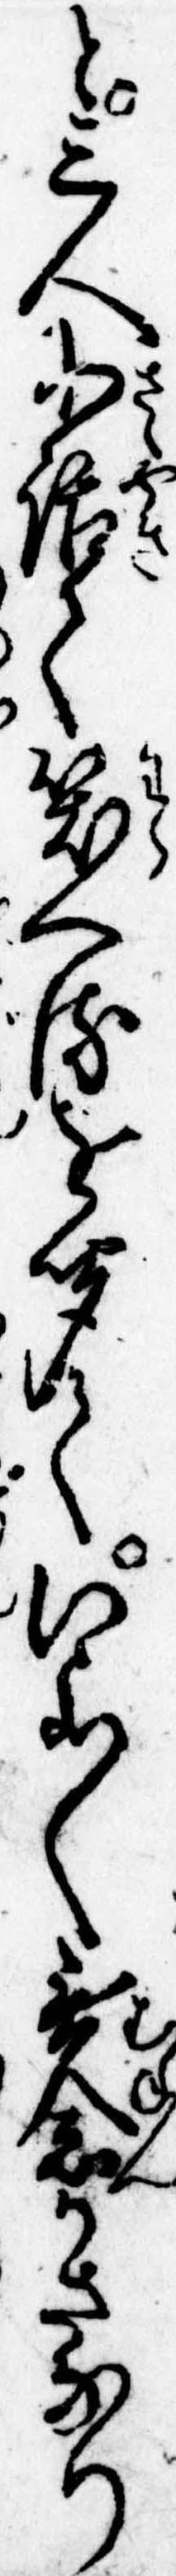
と三人小語て笑へるを聞ていよ〱無念かさなり